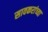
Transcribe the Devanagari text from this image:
सावकरांच्या